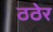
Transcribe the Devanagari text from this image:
ठठेर